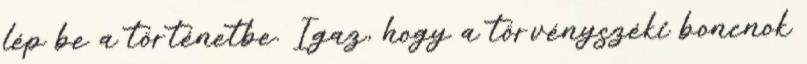
lép be a történetbe. Igaz, hogy a törvényszéki boncnok